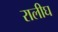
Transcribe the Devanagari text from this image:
रालीघ